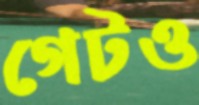
গেটও